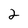
Character: 2